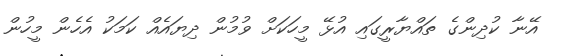
އޭނާ ކުދިންގެ ތައްޔާރީގައި އުޅޭ މީހަކަށް ވުމުން ދިޔައެއް ކަމަކު އެހެން މީހުން